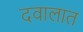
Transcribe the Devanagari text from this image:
दवालात